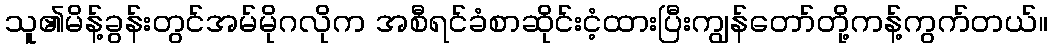
သူ၏မိန့်ခွန်းတွင်အမ်မိုဂလိုက အစီရင်ခံစာဆိုင်းငံ့ထားပြီးကျွန်တော်တို့ကန့်ကွက်တယ်။